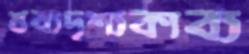
শ্রব্যদৃশ্যকাব্য